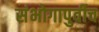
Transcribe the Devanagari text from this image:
संभोगापुर्वीच